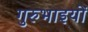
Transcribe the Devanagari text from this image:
गुरुभाइयों